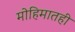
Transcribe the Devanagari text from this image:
मोहिमातही